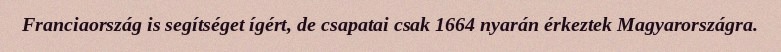
Franciaország is segítséget ígért, de csapatai csak 1664 nyarán érkeztek Magyarországra.